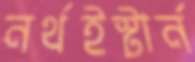
নর্থইস্টার্ন